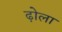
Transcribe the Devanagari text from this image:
ढ़ोला